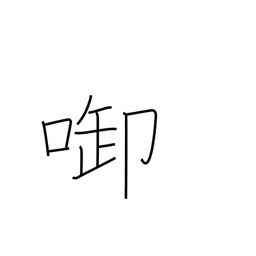
Meaning: hold in mouth or between teeth